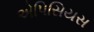
એપિસિયસ